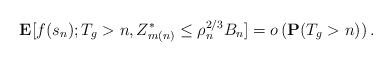
LaTeX: \begin{align*}\mathbf{E}[f(s_n);T_g>n,Z^*_{m(n)}\leq\rho_n^{2/3}B_{n}]=o\left(\mathbf{P}(T_g>n)\right).\end{align*}